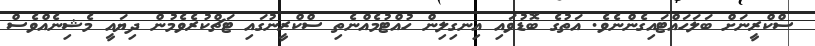
ސްކްރީނަށް ބަލަހައްޓައިގެންނެވެ. އަތުގެ ބޮޑުވައި އިނގިލިން ހުއްޓުމެއްނެތި ސްކްރީނުގައި ޓަޗްކުރެވެމުން ދިޔައީ މެޝިނެއްވެސް